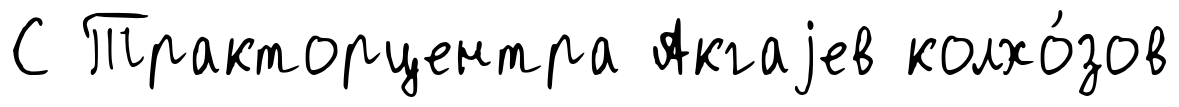
С Тракторцентра Акгаjев колхо́зов